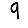
Digit: 9